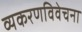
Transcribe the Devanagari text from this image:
व्यकरणविवेचना